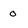
Character: 0